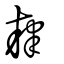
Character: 肄